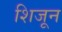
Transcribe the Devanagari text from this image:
शिजून